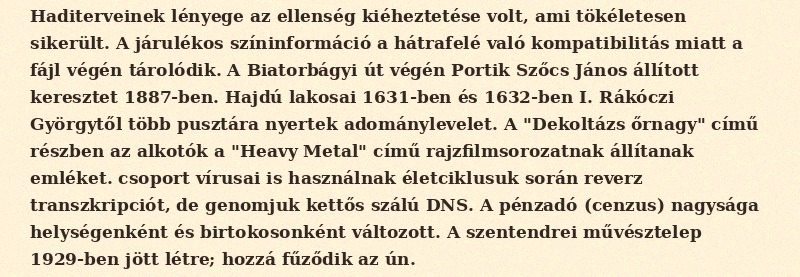
Haditerveinek lényege az ellenség kiéheztetése volt, ami tökéletesen sikerült. A járulékos színinformáció a hátrafelé való kompatibilitás miatt a fájl végén tárolódik. A Biatorbágyi út végén Portik Szőcs János állított keresztet 1887-ben. Hajdú lakosai 1631-ben és 1632-ben I. Rákóczi Györgytől több pusztára nyertek adománylevelet. A "Dekoltázs őrnagy" című részben az alkotók a "Heavy Metal" című rajzfilmsorozatnak állítanak emléket. csoport vírusai is használnak életciklusuk során reverz transzkripciót, de genomjuk kettős szálú DNS. A pénzadó (cenzus) nagysága helységenként és birtokosonként változott. A szentendrei művésztelep 1929-ben jött létre; hozzá fűződik az ún.